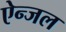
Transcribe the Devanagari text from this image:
ऐन्जल